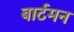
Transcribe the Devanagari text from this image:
बार्टमन